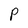
Character: P